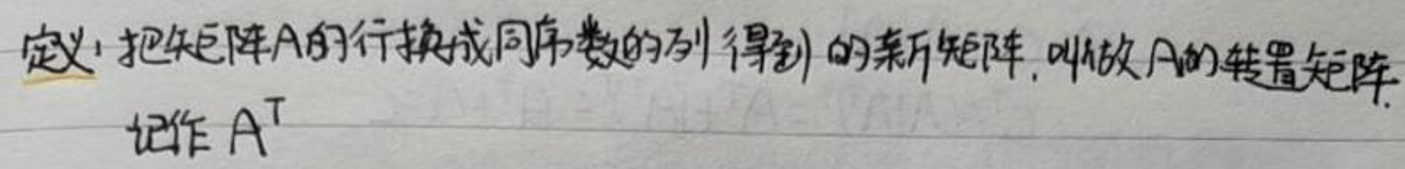
定义：把矩阵$A$的行换成同序数的列得到的新矩阵，叫做$A$的转置矩阵，记作$A^{\mathrm{T}}$。